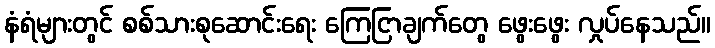
နံရံများတွင် စစ်သားစုဆောင်းရေး ကြေငြာချက်တွေ ဖွေးဖွေး လှုပ်နေသည်။